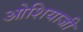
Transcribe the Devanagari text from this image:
ओशियाजी